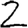
Digit: 2